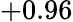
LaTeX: +0.96